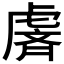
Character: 𫊢